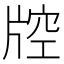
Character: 𤗇